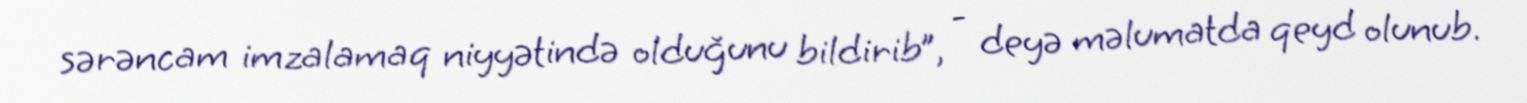
sərəncam imzalamaq niyyətində olduğunu bildirib”, - deyə məlumatda qeyd olunub.